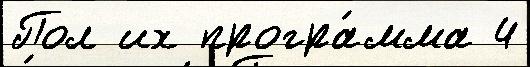
Пол их програ́мма 4